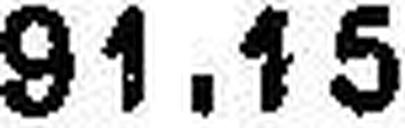
91.15